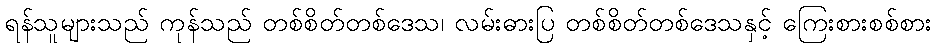
ရန်သူများသည် ကုန်သည် တစ်စိတ်တစ်ဒေသ၊ လမ်းဓားပြ တစ်စိတ်တစ်ဒေသနှင့် ကြေးစားစစ်စား